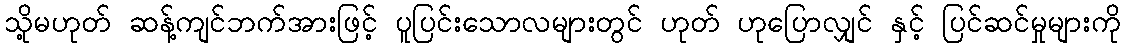
သို့မဟုတ် ဆန့်ကျင်ဘက်အားဖြင့် ပူပြင်းသောလများတွင် ဟုတ် ဟုပြောလျှင် နှင့် ပြင်ဆင်မှုများကို